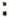
: